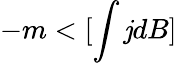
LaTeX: -m<[\int\mathit{j}dB]